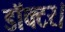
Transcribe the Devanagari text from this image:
डाॅक्टर।